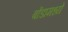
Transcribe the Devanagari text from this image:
बोंडामध्ये